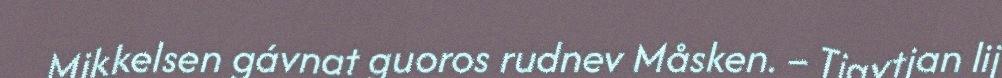
Mikkelsen gávnat guoros rudnev Måsken. – Tjavtjan lij